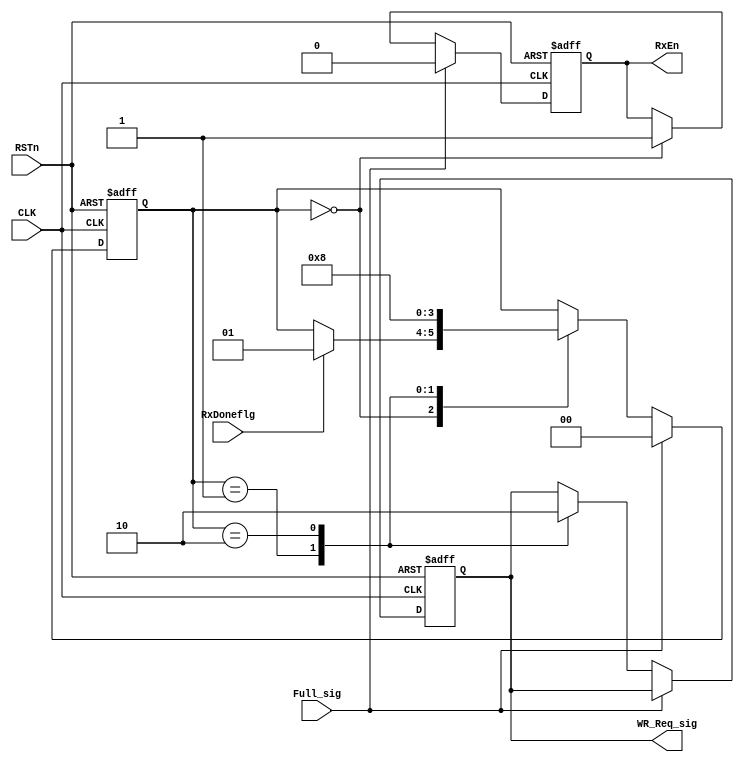
/**********************DAMMSTANGER COPYRIGHT @2016************************/	
//UART_fifo_rx_mgr
//FIFO
//	 dammstanger
//	 20160405
/*************************************************************************/			
module UART_fifo_rx_mgr (CLK,RSTn,RxDoneflg,RxEn,Full_sig,WR_Req_sig);
	input CLK;
	input RSTn;
	
	input Full_sig;

//	input[7:0]FIFO_WR_Dat;
	output WR_Req_sig;
	
	input RxDoneflg;
//	input [7:0]Rx_Dat;
	output RxEn;

	reg [1:0]sta;
	reg wrpulse;
	reg rRxEn;
	
always @ ( posedge CLK or negedge RSTn )
		if( !RSTn )
		begin
			sta <= 2'd0;
			wrpulse <= 1'b0;
			rRxEn <= 1'b0;
		end
	else if(!Full_sig)
		case (sta)
			2'd0:
				begin
				rRxEn <= 1'b1;
				if(RxDoneflg)
					sta <= 2'd1;
				end
			2'd1:
				begin 
				wrpulse <= 1'b1;
				sta <= 2'd2;
				end
			2'd2:
				begin 
				wrpulse <= 1'b0;
				sta <= 2'd0;
				end
		endcase		
	else 
		begin
		sta <= 2'd0;
		rRxEn <= 1'b0;
		end

assign WR_Req_sig = wrpulse;
assign RxEn = rRxEn;

endmodule